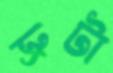
ভ্রুটা